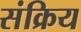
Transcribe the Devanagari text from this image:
संक्रिय